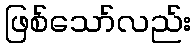
ဖြစ်သော်လည်း